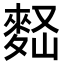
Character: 𪌠